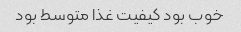
خوب بود کیفیت غذا متوسط بود